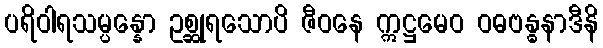
ပရိဝါရသမ္ပန္နော ဥစ္ဆုရသောပိ ဇီဝနေ ဣဋ္ဌမေဝ ဝဓဗန္ဓနာဒီနိ